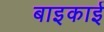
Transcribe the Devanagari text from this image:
बाइकाई